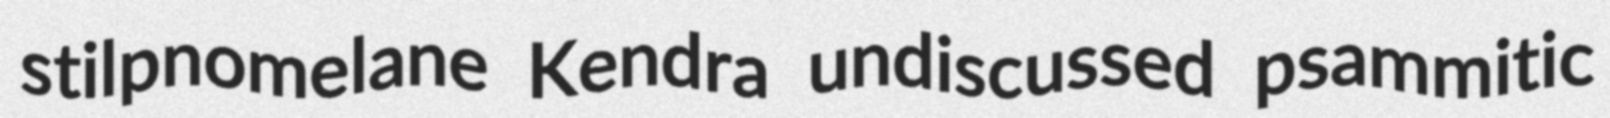
stilpnomelane Kendra undiscussed psammitic